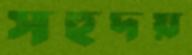
সহূদয়